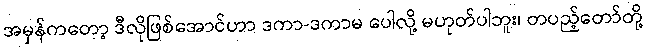
အမှန်ကတော့ ဒီလိုဖြစ်အောင်ဟာ ဒကာ-ဒကာမ ပေါလို့ မဟုတ်ပါဘူး၊ တပည့်တော်တို့